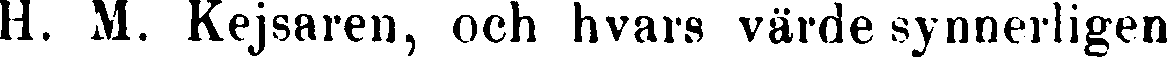
H. M. Kejsaren, och hvars värde synnerligen